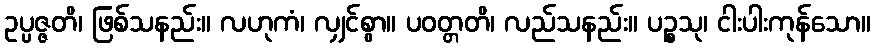
ဥပ္ပဇ္ဇတိ၊ ဖြစ်သနည်း။ လဟုကံ၊ လျှင်စွာ။ ပဝတ္တတိ၊ လည်သနည်း။ ပဉ္စသု၊ ငါးပါးကုန်သော။